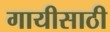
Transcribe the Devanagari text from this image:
गायीसाठी